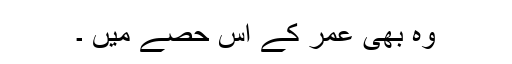
وہ بھی عمر کے اس حصے میں ۔